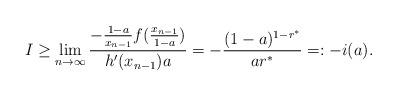
LaTeX: \begin{align*}I & \geq \lim_{n\to\infty}\frac{-\frac{1-a}{x_{n-1}}f(\frac{x_{n-1}}{1-a})}{h'(x_{n-1})a}=-\frac{(1-a)^{1-r^\ast}}{ar^\ast}=:-i(a).\end{align*}